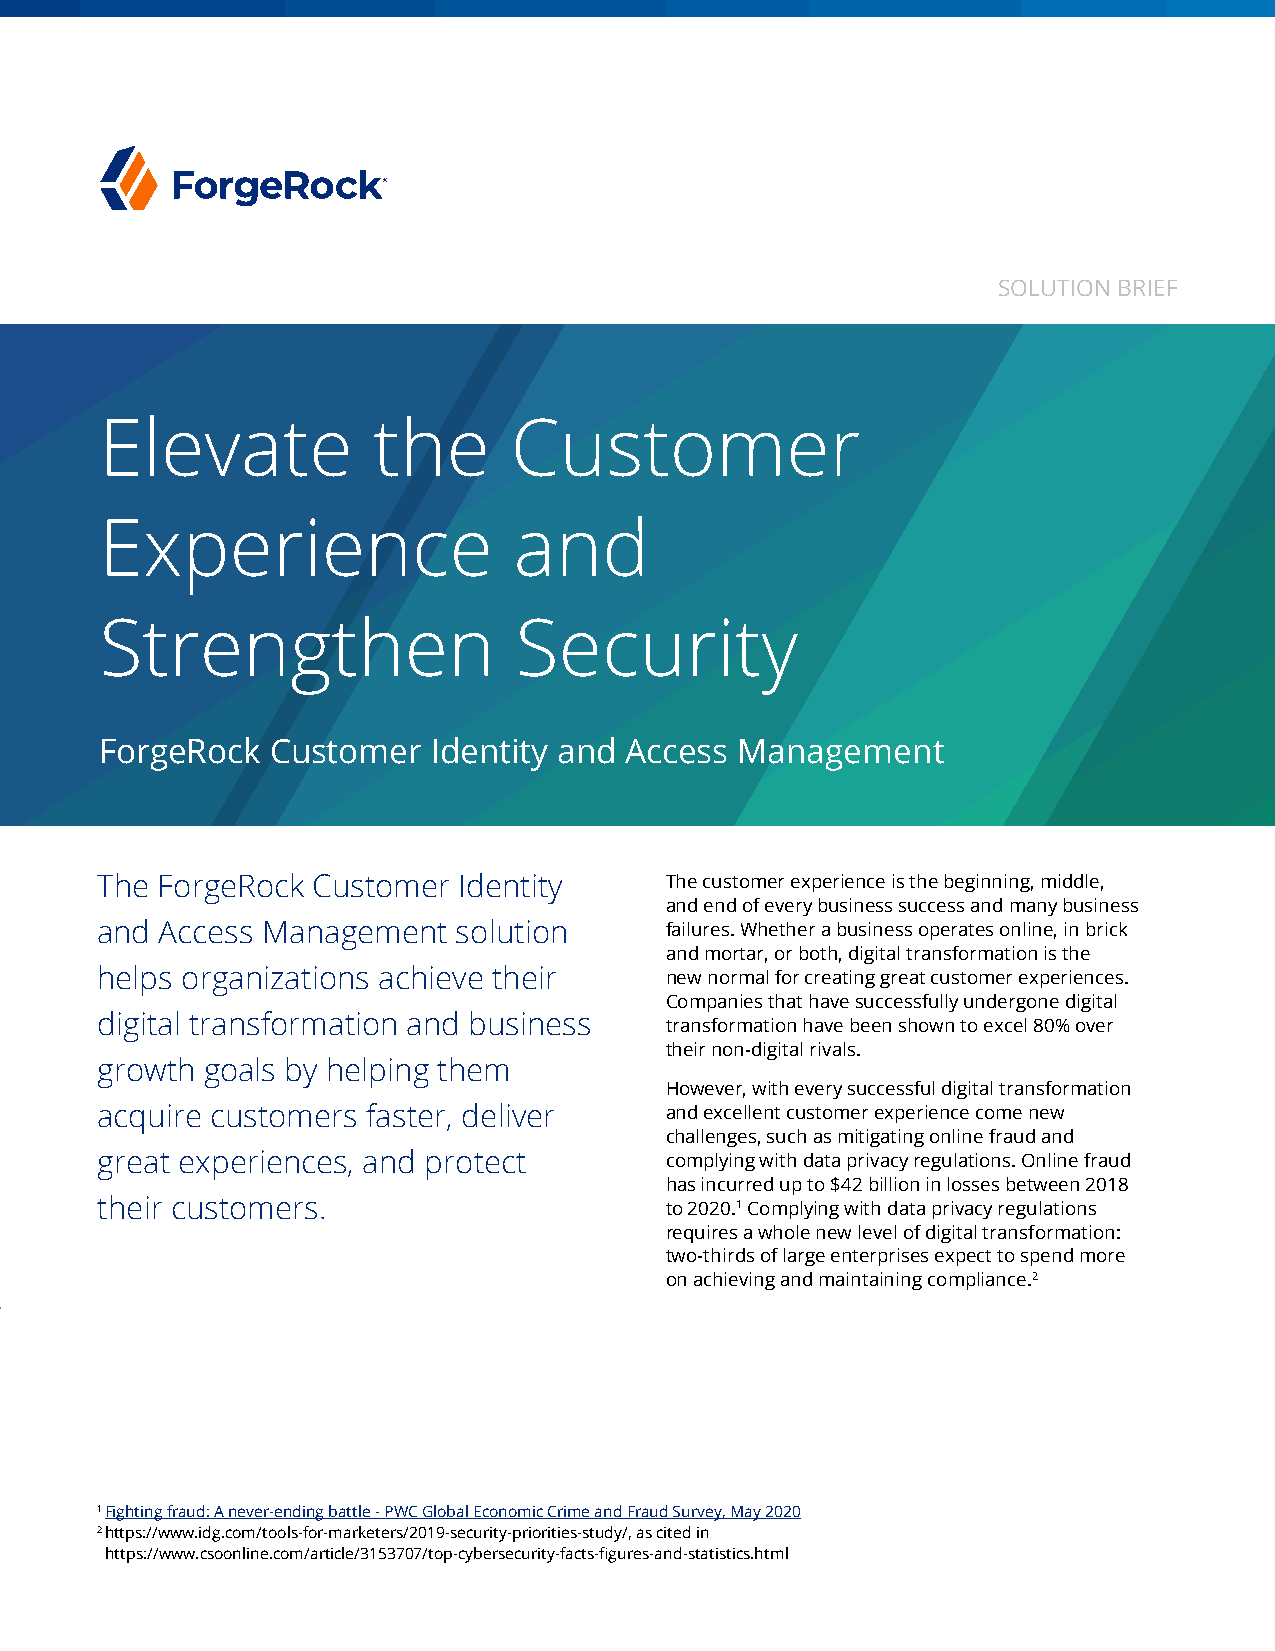
SOLUTION BRIEF
 Elevate           the      Customer
 Experience                 and
 Strengthen                 Security
 ForgeRock  Customer   Identity and Access Management
 The ForgeRock  Customer Identity      The customer experience is the beginning, middle,
 and end of every business success and many business
 and  Access Management  solution      failures. Whether a business operates online, in brick
 and mortar, or both, digital transformation is the
 helps organizations achieve their     new normal for creating great customer experiences.
 Companies that have successfully undergone digital
 digital transformation and business   transformation have been shown to excel 80% over
 their non-digital rivals.
 growth  goals by helping them
 However, with every successful digital transformation
 acquire customers faster, deliver     and excellent customer experience come new
 challenges, such as mitigating online fraud and
 great experiences, and protect        complying with data privacy regulations. Online fraud
 has incurred up to $42 billion in losses between 2018
 their customers.                      to 2020.1 Complying with data privacy regulations
 requires a whole new level of digital transformation:
 two-thirds of large enterprises expect to spend more
 on achieving and maintaining compliance.2
 1 Fighting fraud: A never-ending battle - PWC Global Economic Crime and Fraud Survey, May 2020
 2 https://www.idg.com/tools-for-marketers/2019-security-priorities-study/, as cited in
 https://www.csoonline.com/article/3153707/top-cybersecurity-facts-figures-and-statistics.html